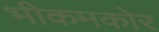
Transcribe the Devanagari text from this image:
भीकमकोर